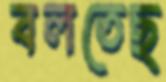
বলতেছ